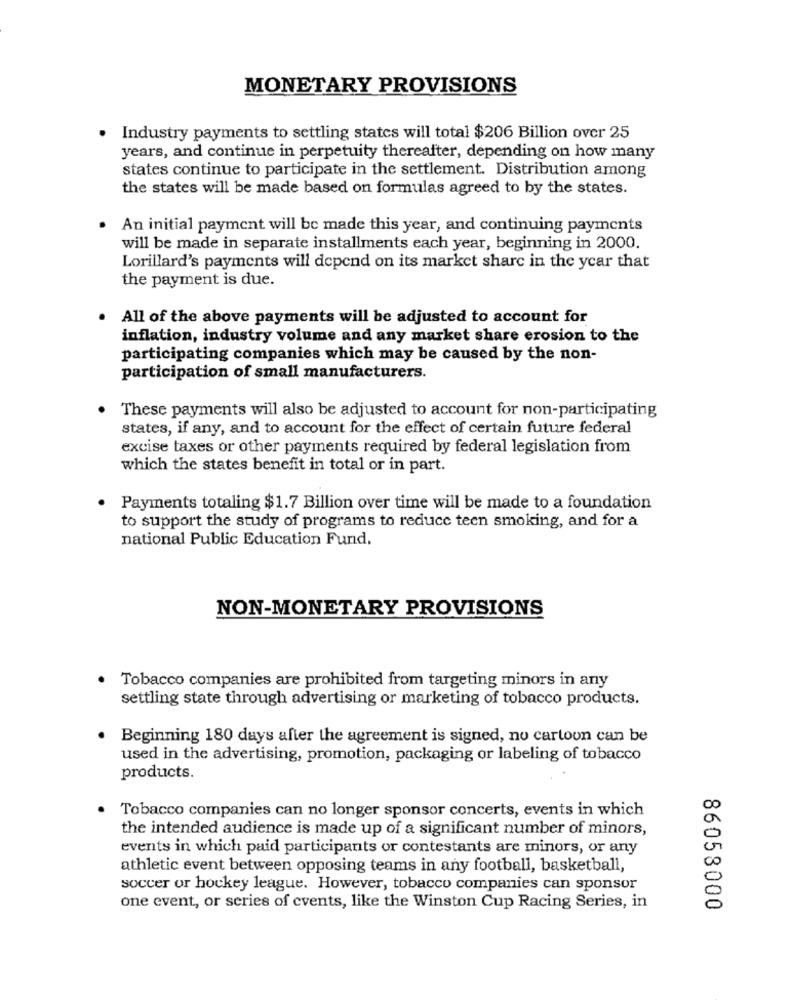
MONETARY PROVISIONS
Industry payments to settling states will total $206 Billion over 25
years, and continue in perpetuity thereafter, depending on how many
states continue to participate in the settlement. Distribution among
the states will be made based on formulas agreed to by the states.
An initial payment will be made this year, and continuing payments
will be made in separate installments each year, beginning in 2000.
Lorillard's payments will depend on its market share in the year that
the payment is due.
All of the above payments will be adjusted to account for
inflation, industry volume and any market share erosion to the
participating companies which may be caused by the non-
participation of small manufacturers.
These payments will also be adjusted to account for non-participating
states, if any, and to account for the effect of certain future federal
excise taxes or other payments required by federal legislation from
which the states benefit in total or in part.
Payments totaling $1.7 Billion over time will be made to a foundation
to support the study of programs to reduce teen smoking, and for a
national Public Education Fund.
NON-MONETARY PROVISIONS
Tobacco companies are prohibited from targeting minors in any
settling state through advertising or marketing of tobacco products.
· Beginning 180 days after the agreement is signed, no cartoon can be
used in the advertising, promotion, packaging or labeling of tobacco
products.
Tobacco companies can no longer sponsor concerts, events in which
the intended audience is made up of a significant number of minors,
events in which paid participants or contestants are minors, or any
athletic event between opposing teams in any football, basketball,
soccer or hockey league. However, tobacco companies can sponsor
one event, or series of events, like the Winston Cup Racing Series, in
86058000